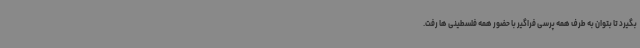
بگیرد تا بتوان به طرف همه پرسی فراگیر با حضور همه فلسطینی ها رفت.